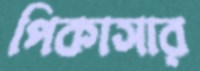
পিকাসার